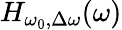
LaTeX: H_{\omega_{0},\Delta\omega}(\omega)